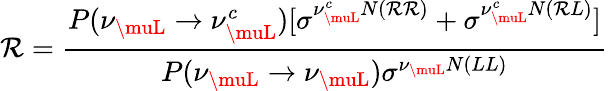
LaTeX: \mathcal{R}=\frac{{P(\nu_{\muL}\rightarrow\nu_{\muL}^{c})[\sigma^{\nu_{\muL}^{c}N(\mathcal{R}\mathcal{R})}+\sigma^{\nu_{\muL}^{c}N(\mathcal{R}L)}]}}{{P(\nu_{\muL}\rightarrow\nu_{\muL})\sigma^{\nu_{\muL}N(LL)}}}